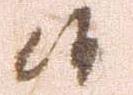
候